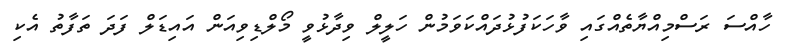
ހާއްސަ ރަސްމިއްޔާތެއްގައި ވާހަކަފުޅުދައްކަވަމުން ހަލީލް ވިދާޅުވީ މޯލްޑިވިއަން އައިޑަލް ފަދަ ތަފާތު އެކި